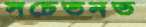
সচেতনত